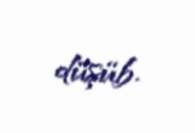
düşüb.